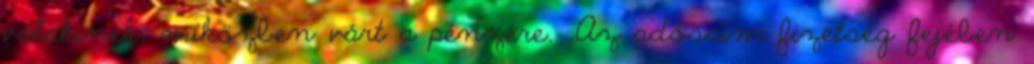
valakinek, miközben várt a pénzére. „Az adósaim fizetség fejében